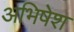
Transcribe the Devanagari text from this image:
अभिषेश